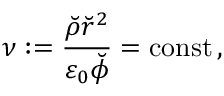
\nu : = \frac { \breve { \rho } \breve { r } ^ { 2 } } { \varepsilon _ { 0 } \breve { \phi } } = \mathrm { c o n s t \, } ,